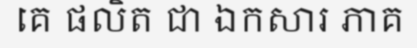
គេ ផលិត ជា ឯកសារ ភាគ